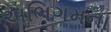
અભિગમના